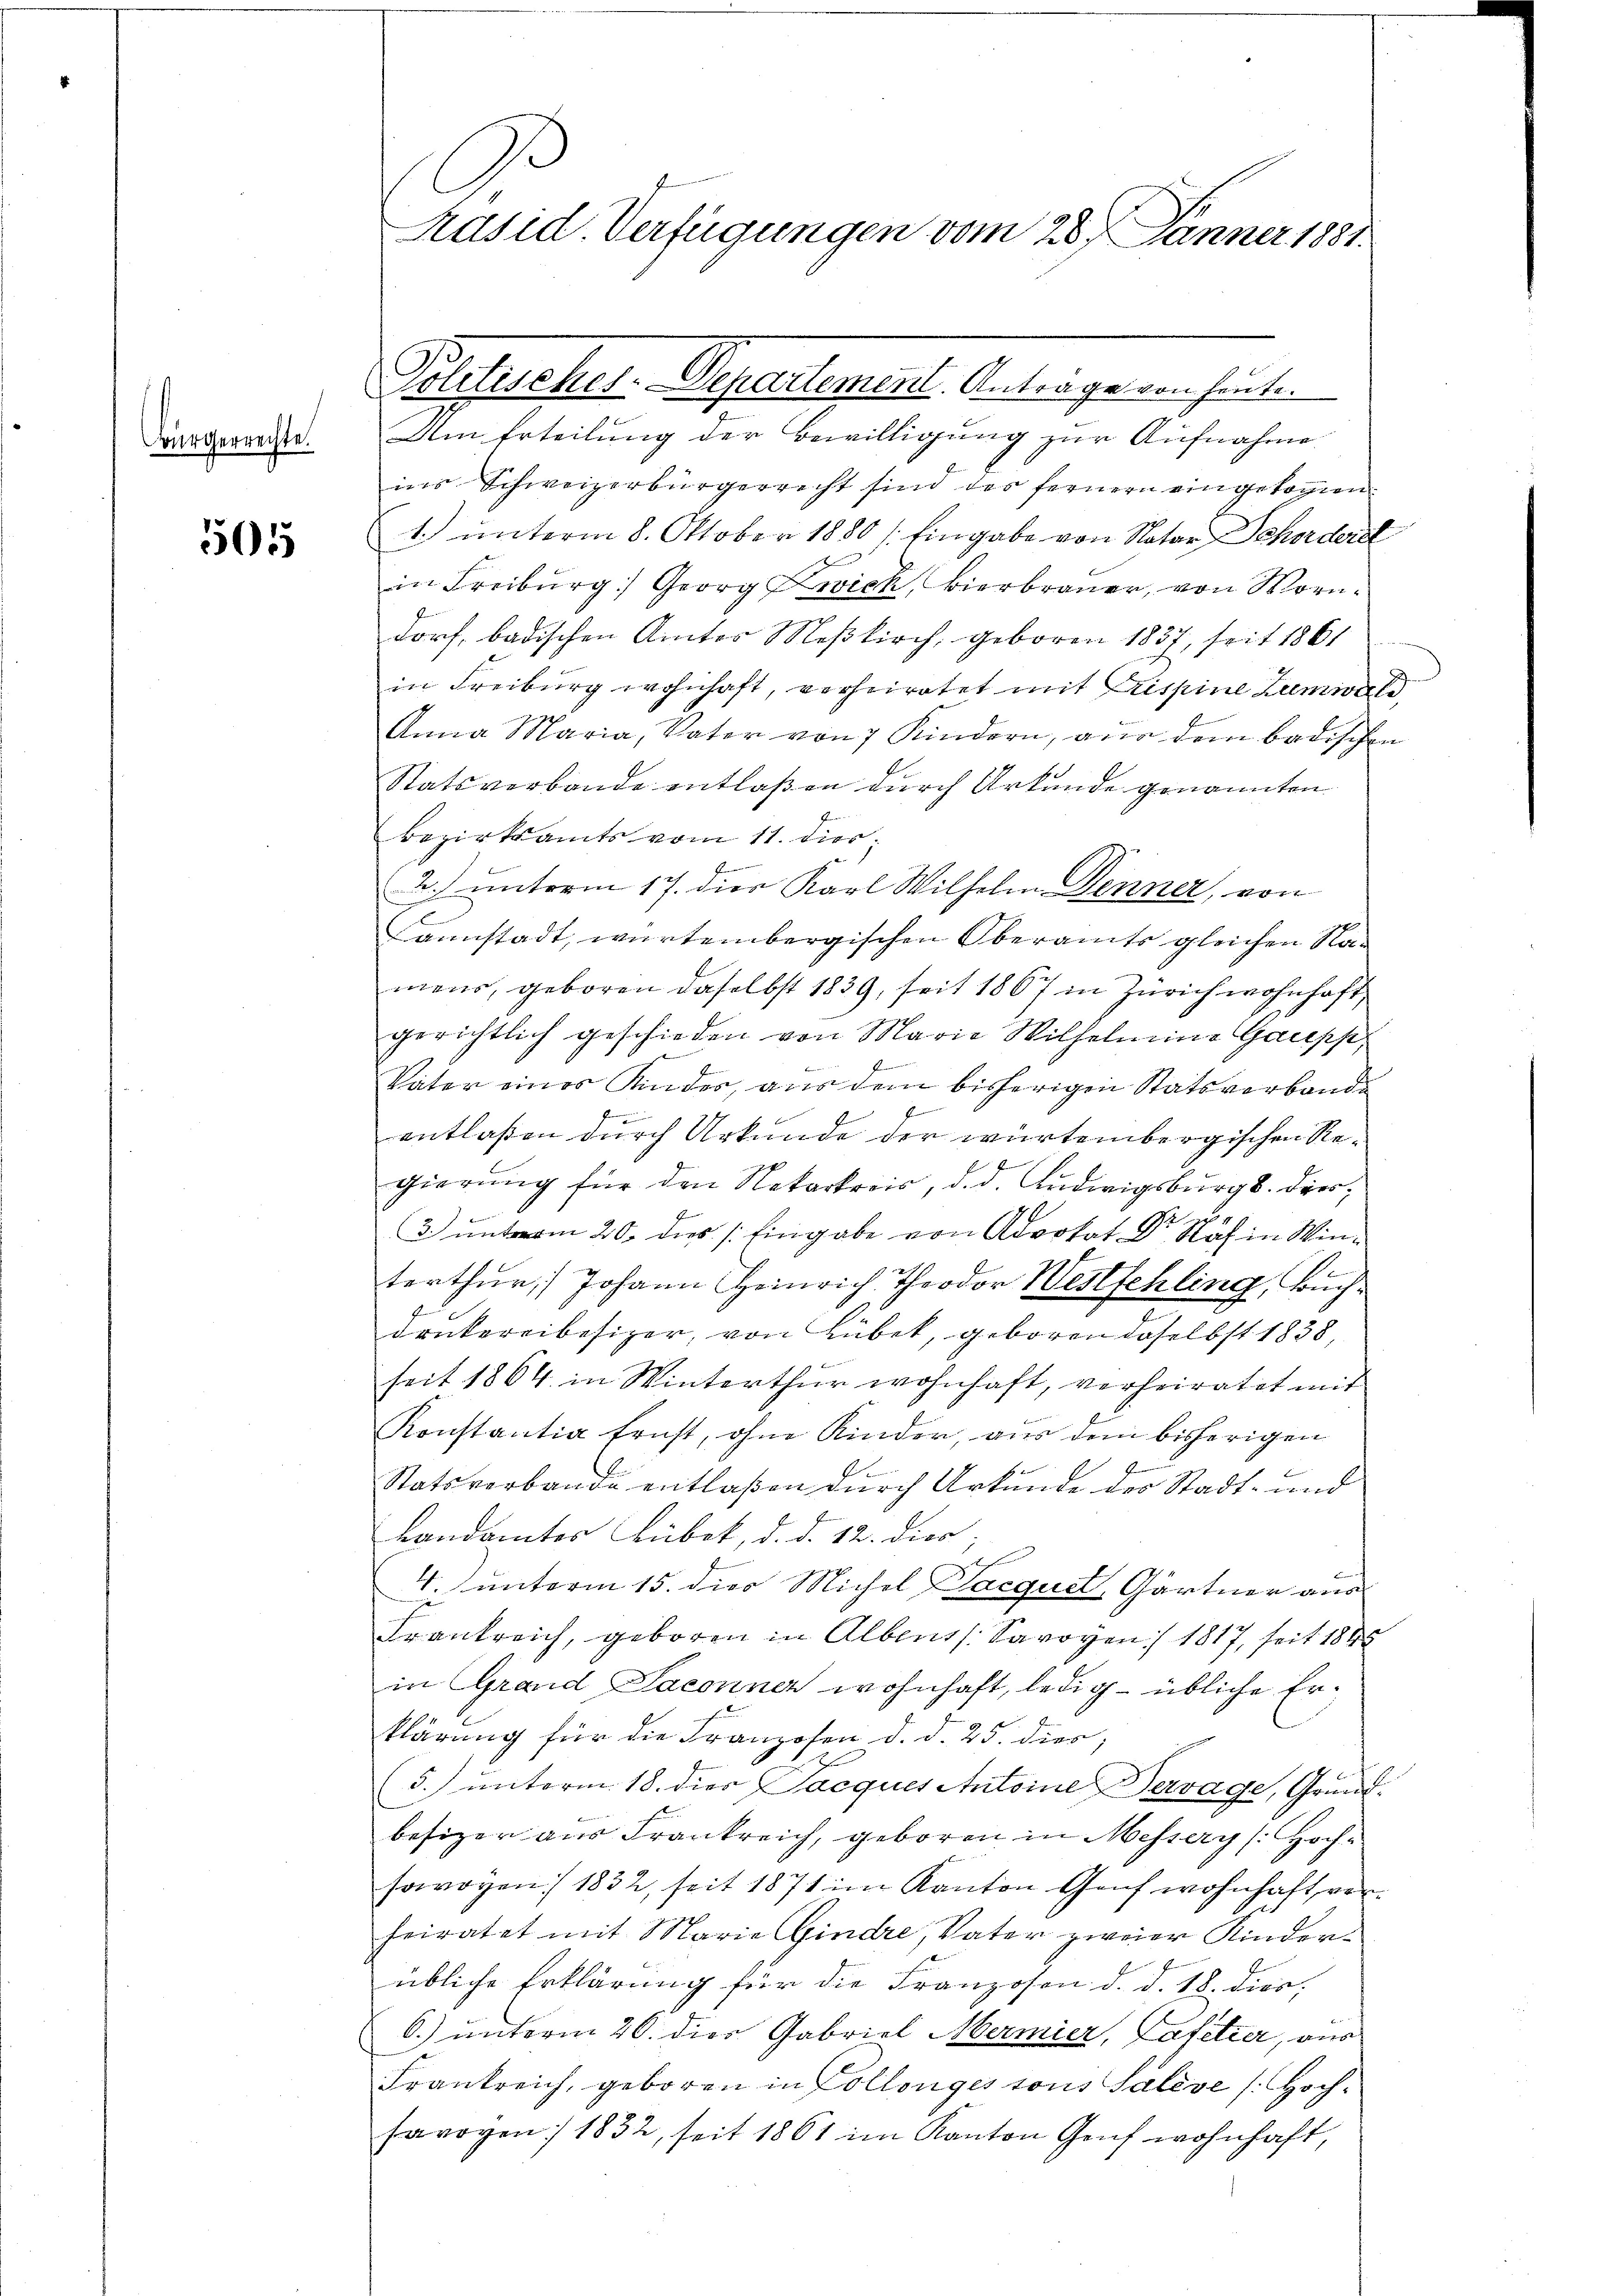
Bürgerrechte.

505

1
Präsid Verfügungen vom 28. Jänner 1881.

Polchercher. Separtement. Antragenen sehen

Am Erteilung der Bewilligung zur Aufnahme
ins Schweizerbürgerrecht sind des fernern eingebogen.
1. unterm 8. Oktober 1880 /: Eingabe von Notar Schorderet
in Freiburg) Georg Zwick, Bierbrauer, von Mordorf, badischen Amtes Meßkirch, geboren 1837, seit 1861
in Freiburg wohnhaft, verheiratet mit Freispine Zumwache,
Anna Maria, Vater von 7 Kindern, aus dem badischen
Statsverbande entlaßen durch Urkunde genannten
Bezirksamts vom 11. dies;
E
2.) unterm 17. dies Karl Wilhelm Denner, von
annstadt, würtembergischen Oberamts gleichen Namens, geboren daselbst 1839, seit 1867 in Zürich wohnhaft,
gerichtlich geschieden von Marie Wilhelmine Gaupp,
.
Vater eines Kindes, aus dem bisherigen Statsverbande
f
entlaßen durch Urkunde der würtembergischen Regierŭng für den Rekarkrais, d. d. Ludwigsburg 8. dies
1
3. unterm 20. dies /: Eingabe von Advokat Dr Näf in Win¬
.
terthur) Johann Heinrich, Theodor Westschling, Buchdrukereibesizer, von Lübet, geboren daselbst 1838,
seit 1864 in Winterthur wohnhaft, verheiratet mit
Konstantia Ernst, ohne Kinder, aus dem bisherigen
Statsverbauge entlaßen durch Urkunde des Stadt- und
Landamtes Lübek, d. d. 12. dies;

t
4. unterm 15. dies Michel Jacquet, Gärtner aus
Frankreich, geboren in Alberts. Savoyen / 1817, seit 1848
in Grand Saconna wohnhaft, ledig- übliche Erklärung für die Franzosen d. d. 25. dies;
5.) unterm 18. dies Jacques Antoine Devage, Grund-
besizer aus Frankreich, geboren in Messery (: Hochsowogen 1832, seit 1871 im Kanton Graf wohnhaft vorheiratet mit Maria Gindre, Vater zweier Kinderübliche Erklärung für die Franzosen d. d. 18. dies,
6.) unterm 20. dies Gabriel Mermier, Cafetier, aus
Frankreich, geboren in Collenges sons Salève (Hoch¬
Erwogen 1832, seit 1861 im Kanton Genf wohnhaft,